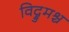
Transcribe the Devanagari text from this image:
विद्रुमश्च